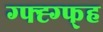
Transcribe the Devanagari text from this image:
ग्फ्ह्ग्फ्ह